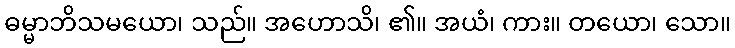
ဓမ္မာဘိသမယော၊ သည်။ အဟောသိ၊ ၏။ အယံ၊ ကား။ တယော၊ သော။